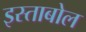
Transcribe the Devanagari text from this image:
इस्ताबोल